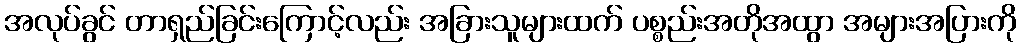
အလုပ်ခွင် တာရှည်ခြင်းကြောင့်လည်း အခြားသူများထက် ပစ္စည်းအတိုအထွာ အများအပြားကို